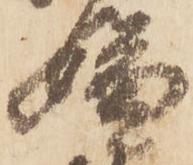
嫌